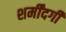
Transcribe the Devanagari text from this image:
शर्मींदगी